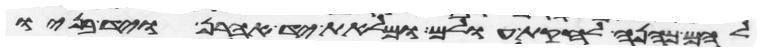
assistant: להם כהנה לחקת עולם ומלאת יד אהרן ויד בניו